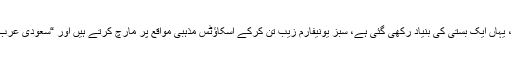
یہاں کے اسکاؤٹس کا یونیفارم سبز ہے، یہاں ایک بستی کی بنیاد رکھی گئی ہے، سبز یونیفارم زیب تن کرکے اسکاؤٹس مذہبی مواقع پر مارچ کرتے ہیں اور “سعودی عرب” کو فتح کرنے کا نعرہ لگایا جاتا ہے ۔